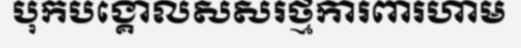
បុកបង្គោលសសរថ្មការពារហាម